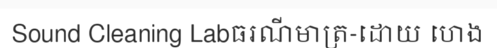
Sound Cleaning Labធរណីមាត្រ-ដោយ ហេង